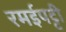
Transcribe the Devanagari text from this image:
रमईपट्टी